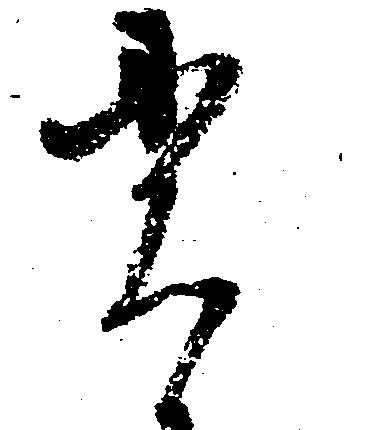
貫